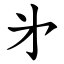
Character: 㐧